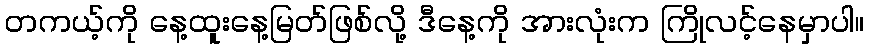
တကယ့်ကို နေ့ထူးနေ့မြတ်ဖြစ်လို့ ဒီနေ့ကို အားလုံးက ကြိုလင့်နေမှာပါ။